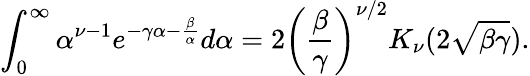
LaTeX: \int_{0}^{\infty}\alpha^{\nu-1}e^{-\gamma\alpha-\frac{\beta}{\alpha}}d\alpha=2\left(\frac{\beta}{\gamma}\right)^{\nu/2}K_{\nu}(2\sqrt{\beta\gamma}).